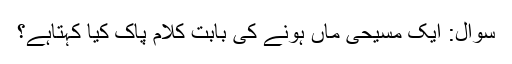
سوال: ایک مسیحی ماں ہونے کی بابت کلام پاک کیا کہتاہے؟